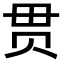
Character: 贯